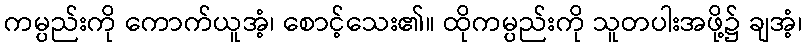
ကမ္ပည်းကို ကောက်ယူအံ့၊ စောင့်သေး၏။ ထိုကမ္ပည်းကို သူတပါးအဖို့၌ ချအံ့၊